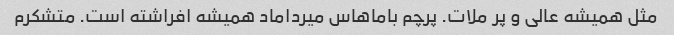
مثل همیشه عالی و پر ملات. پرچم باماهاس میرداماد همیشه افراشته است. متشکرم